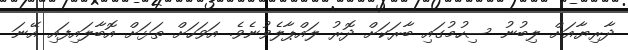
ދާރިޔާއަށް ލިބުނު ސިހުމުގައި ބާރަކަށް ދޮރު ލައްޕާލެވުނެވެ. އަވަހަށް ތަޅަށް އޮބާލައިފައި އޭނަ